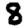
Digit: 8